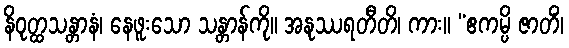
နိဝုတ္ထသန္တာနံ၊ နေဖူးသော သန္တာန်ကို။ အနုဿရတီတိ၊ ကား။ “ဧကမ္ပိ ဇာတိံ၊